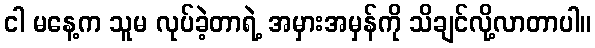
ငါ မနေ့က သူမ လုပ်ခဲ့တာရဲ့ အမှားအမှန်ကို သိချင်လို့လာတာပါ။